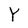
Character: Y